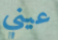
عيني